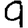
Digit: 9